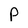
Character: p